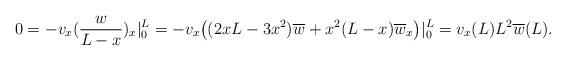
LaTeX: \begin{align*}0=-v_x (\frac{w}{L-x})_x \vert _0^L = -v_x \big( (2xL-3x^2)\overline{w} + x^2 (L-x)\overline{w}_x \big)\vert _0^L = v_x(L)L^2\overline{w}(L). \end{align*}